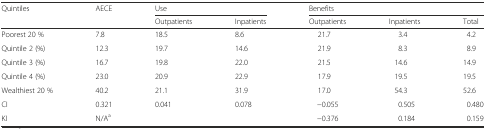
<table><thead><tr><td rowspan="2"><b>Quintiles</b></td><td rowspan="2"><b>AECE</b></td><td colspan="2"><b>Use</b></td><td colspan="3"><b>Benefits</b></td></tr><tr><td><b>Outpatients</b></td><td><b>Inpatients</b></td><td><b>Outpatients</b></td><td><b>Inpatients</b></td><td><b>Total</b></td></tr></thead><tbody><tr><td>Poorest 20 %</td><td>7.8</td><td>18.5</td><td>8.6</td><td>21.7</td><td>3.4</td><td>4.2</td></tr><tr><td>Quintile 2 (%)</td><td>12.3</td><td>19.7</td><td>14.6</td><td>21.9</td><td>8.3</td><td>8.9</td></tr><tr><td>Quintile 3 (%)</td><td>16.7</td><td>19.8</td><td>22.0</td><td>21.5</td><td>14.6</td><td>14.9</td></tr><tr><td>Quintile 4 (%)</td><td>23.0</td><td>20.9</td><td>22.9</td><td>17.9</td><td>19.5</td><td>19.5</td></tr><tr><td>Wealthiest 20 %</td><td>40.2</td><td>21.1</td><td>31.9</td><td>17.0</td><td>54.3</td><td>52.6</td></tr><tr><td>CI</td><td>0.321</td><td>0.041</td><td>0.078</td><td>−0.055</td><td>0.505</td><td>0.480</td></tr><tr><td>KI</td><td>N/A<sup>a</sup></td><td></td><td></td><td>−0.376</td><td>0.184</td><td>0.159</td></tr></tbody></table>